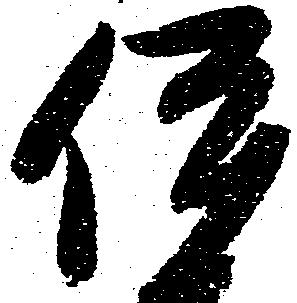
伊